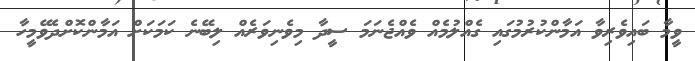
ވީމާ ބައިވެރިވާ އަމާންކުރުމުގައި ގެއްލުމެއް ވެއްޖެނަމަ ސީދާ މިވެނިވަރެއް ލިބޭނެ ކަމަކަށް އަމާންކޮށްދެވޭމީހާ